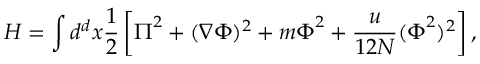
H = \int d ^ { d } x \frac { 1 } { 2 } \left[ \boldsymbol { \Pi } ^ { 2 } + ( \nabla \boldsymbol { \Phi } ) ^ { 2 } + m \boldsymbol { \Phi } ^ { 2 } + \frac { u } { 1 2 N } ( \boldsymbol { \Phi } ^ { 2 } ) ^ { 2 } \right] ,